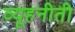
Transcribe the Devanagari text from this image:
व्यूहनीती